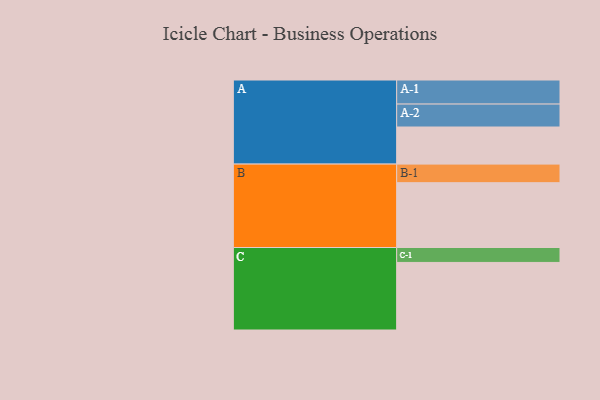
{"axis": {"x": "Segment", "y": "Value"}, "legend": ["", "A", "B", "C"], "data": [{"x": "A", "y": 325, "type": ""}, {"x": "B", "y": 568, "type": ""}, {"x": "C", "y": 592, "type": ""}, {"x": "A-1", "y": 211, "type": "A"}, {"x": "A-2", "y": 201, "type": "A"}, {"x": "B-1", "y": 163, "type": "B"}, {"x": "C-1", "y": 131, "type": "C"}]}